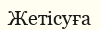
Жетісуға